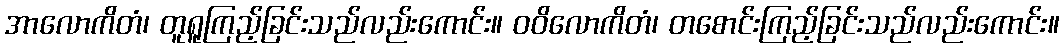
အာလောကိတံ၊ တူရူကြည့်ခြင်းသည်လည်းကောင်း။ ဝဝိလောကိတံ၊ တစောင်းကြည့်ခြင်းသည်လည်းကောင်း။